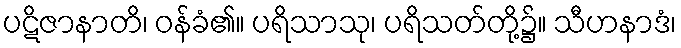
ပဋိဇာနာတိ၊ ဝန်ခံ၏။ ပရိသာသု၊ ပရိသတ်တို့၌။ သီဟနာဒံ၊